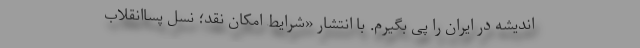
اندیشه در ایران را پی بگیرم. با انتشار «شرایط امکان نقد؛ نسل پساانقلاب